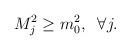
LaTeX: \begin{align*}M_{j}^{2}\geq m_{0}^{2},\; \; \forall j.\end{align*}